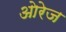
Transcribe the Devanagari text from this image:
ओरेज